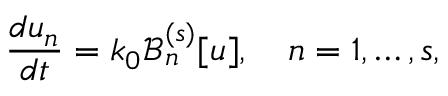
\frac { d u _ { n } } { d t } = k _ { 0 } \mathcal { B } _ { n } ^ { ( s ) } [ u ] , \quad n = 1 , \ldots , s ,